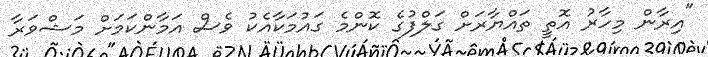
"އިރާން މިހާރު އޮތީ ތައްޔާރަށް ގަލްފުގެ ކޮންމެ ގައުމަކާއެކު ވެސް އަމާންކަމަށް މަޝްވަރާ